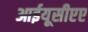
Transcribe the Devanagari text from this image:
आईयूसीएए